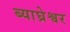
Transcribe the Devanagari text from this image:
ब्याघ्रेश्वर